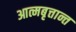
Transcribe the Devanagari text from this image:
आत्मबृत्तान्त